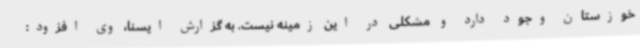
خوزستان وجود دارد و مشکلی در این زمینه نیست. به گزارش ایسنا، وی افزود: